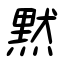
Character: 黙